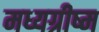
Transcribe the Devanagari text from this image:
मध्यग्रीष्म